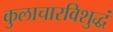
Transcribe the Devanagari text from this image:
कुलाचारविशुद्धं